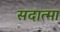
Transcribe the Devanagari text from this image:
सदात्मा